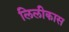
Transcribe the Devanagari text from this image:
लिलीकास